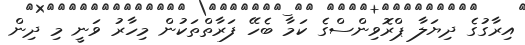
އިރާގުގެ ދިޔަލާ ޕްރޮވިންސްގެ ކަމާ ބެހޭ ފަރާތްތަކުން މިހާރު ވަނީ މި ދިން